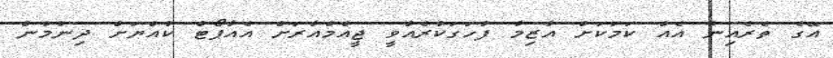
އޭގެ ތެރެއިން އެއް ކަމަކަށް އާޒިމާ ފާހަގަކުރެއްވީ ޖީއެމްއާރަށް އެއާޕޯޓް ކުއްޔަށް ދިނުމުން